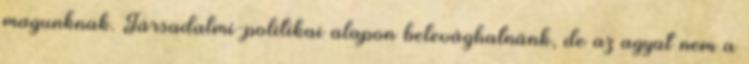
magunknak. Társadalmi-politikai alapon belevághatnánk, de az agyat nem a